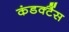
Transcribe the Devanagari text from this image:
कंडक्टैंस